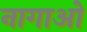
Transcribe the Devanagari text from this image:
नागाओ